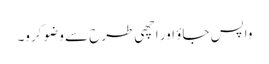
واپس جاؤ اور اچھی طرح سے وضو کرو۔